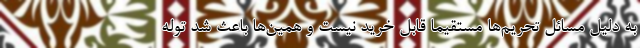
به دلیل مسائل تحریم‌ها مستقیماً قابل خرید نیست و همین‌ها باعث شد توله